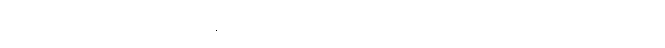
အခြားသော တိုင်းရင်းသားများအနက် လူဦးရေ များပြားသော တိုင်းရင်းသားလူမျိုးများမှာ ကျွမ်းလူမျိုး ၁၆